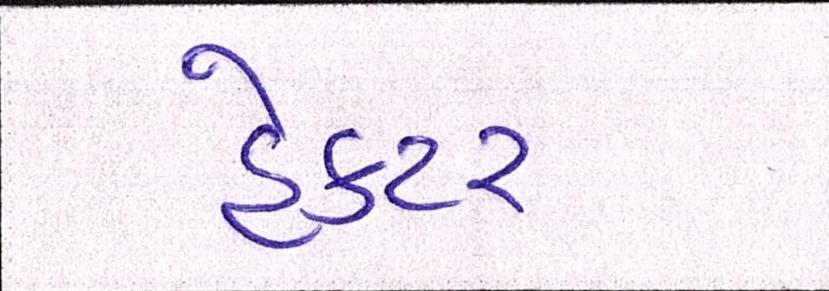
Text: હેક્ટર